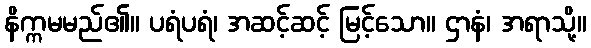
နိက္ကမမည်၏။ ပရံပရံ၊ အဆင့်ဆင့် မြင့်သော။ ဌာနံ၊ အရာသို့။